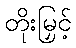
တိုးမြှင့်